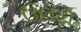
ઉલટા